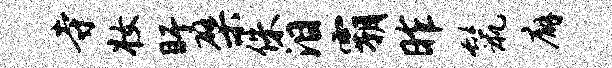
寺妆盱檗侏泪霸昨鬣廨